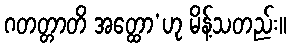
ဂတတ္တာတိ အတ္ထော’ဟု မိန့်သတည်း။